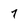
Character: 7